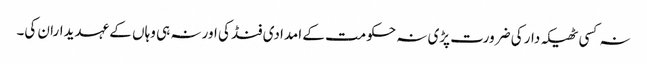
نہ کسی ٹھیکہ دار کی ضرورت پڑی نہ حکومت کے امدادی فنڈ کی اور نہ ہی وہاں کے عہدیداران کی۔